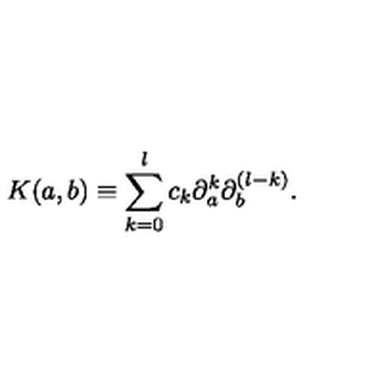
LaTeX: K ( a , b ) \equiv \sum _ { k = 0 } ^ { l } c _ { k } \partial _ { a } ^ { k } \partial _ { b } ^ { ( l - k ) } .